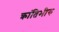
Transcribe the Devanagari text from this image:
क्रांतिभीरु